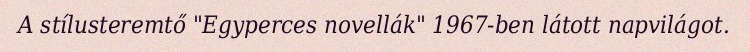
A stílusteremtő "Egyperces novellák" 1967-ben látott napvilágot.